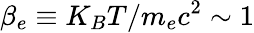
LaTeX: \beta_{e}\equiv K_{B}T/m_{e}c^{2}\sim 1